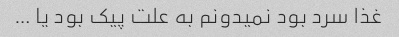
غذا سرد بود نمیدونم به علت پیک بود یا …